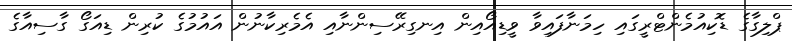
ޕްލިގާގެ ޑޮކިއުމެންޓްރީގައި ހިމަނާފައިވާ ވީޑިއޯއިން އިނގިރޭސިންނާއި އެމެރިކާނުން އައުމުގެ ކުރިން ޑިއަގޯ ގާސިއާގެ